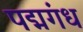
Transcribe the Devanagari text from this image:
पद्मगंध